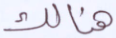
هنالك